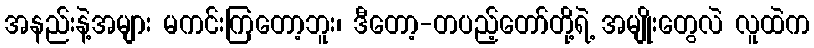
အနည်းနဲ့အများ မကင်းကြတော့ဘူး၊ ဒီတော့-တပည့်တော်တို့ရဲ့ အမျိုးတွေလဲ လူထဲက